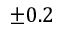
\pm 0 . 2